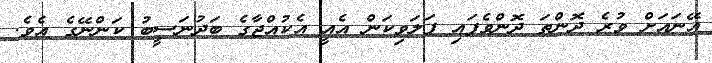
އޭނައަށް ވުރެ ދޮންތަ ދޮންވެފައި ފަލަވިކަން އެއީ އެކުއްޖާގެ ބަދުނަސީބު ކަންނޭގެ އެވެ.